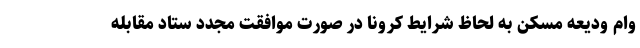
وام ودیعه مسکن به لحاظ شرایط کرونا در صورت موافقت مجدد ستاد مقابله